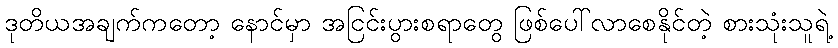
ဒုတိယအချက်ကတော့ နောင်မှာ အငြင်းပွားစရာတွေ ဖြစ်ပေါ်လာစေနိုင်တဲ့ စားသုံးသူရဲ့